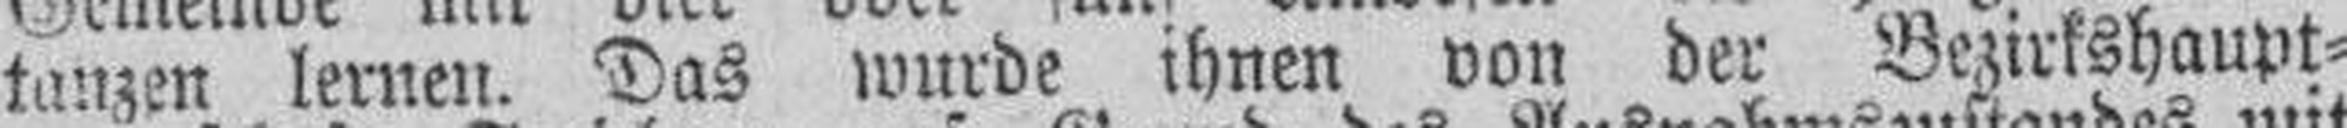
tanzen lernen. Das wurde ihnen von der Bezirkshaupt¬